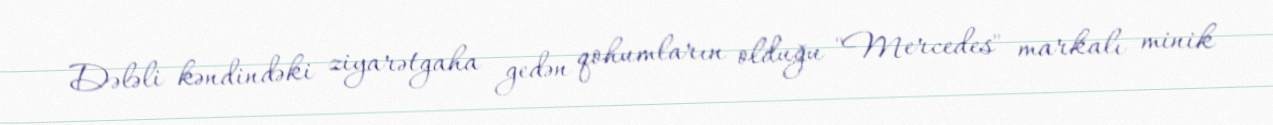
Dələli kəndindəki ziyarətgaha gedən qohumların olduğu "Mercedes" markalı minik